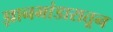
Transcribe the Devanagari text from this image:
ज्ञानभांडारातून